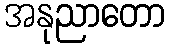
အနုညာတော